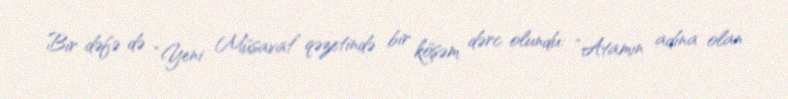
Bir dəfə də “Yeni Müsavat” qəzetində bir köşəm dərc olundu: “Atamın adına olan